NAE_ERA_R-2324_Eesti_Vabariigi_Pohiseaduslik_Assamblee, lk 165
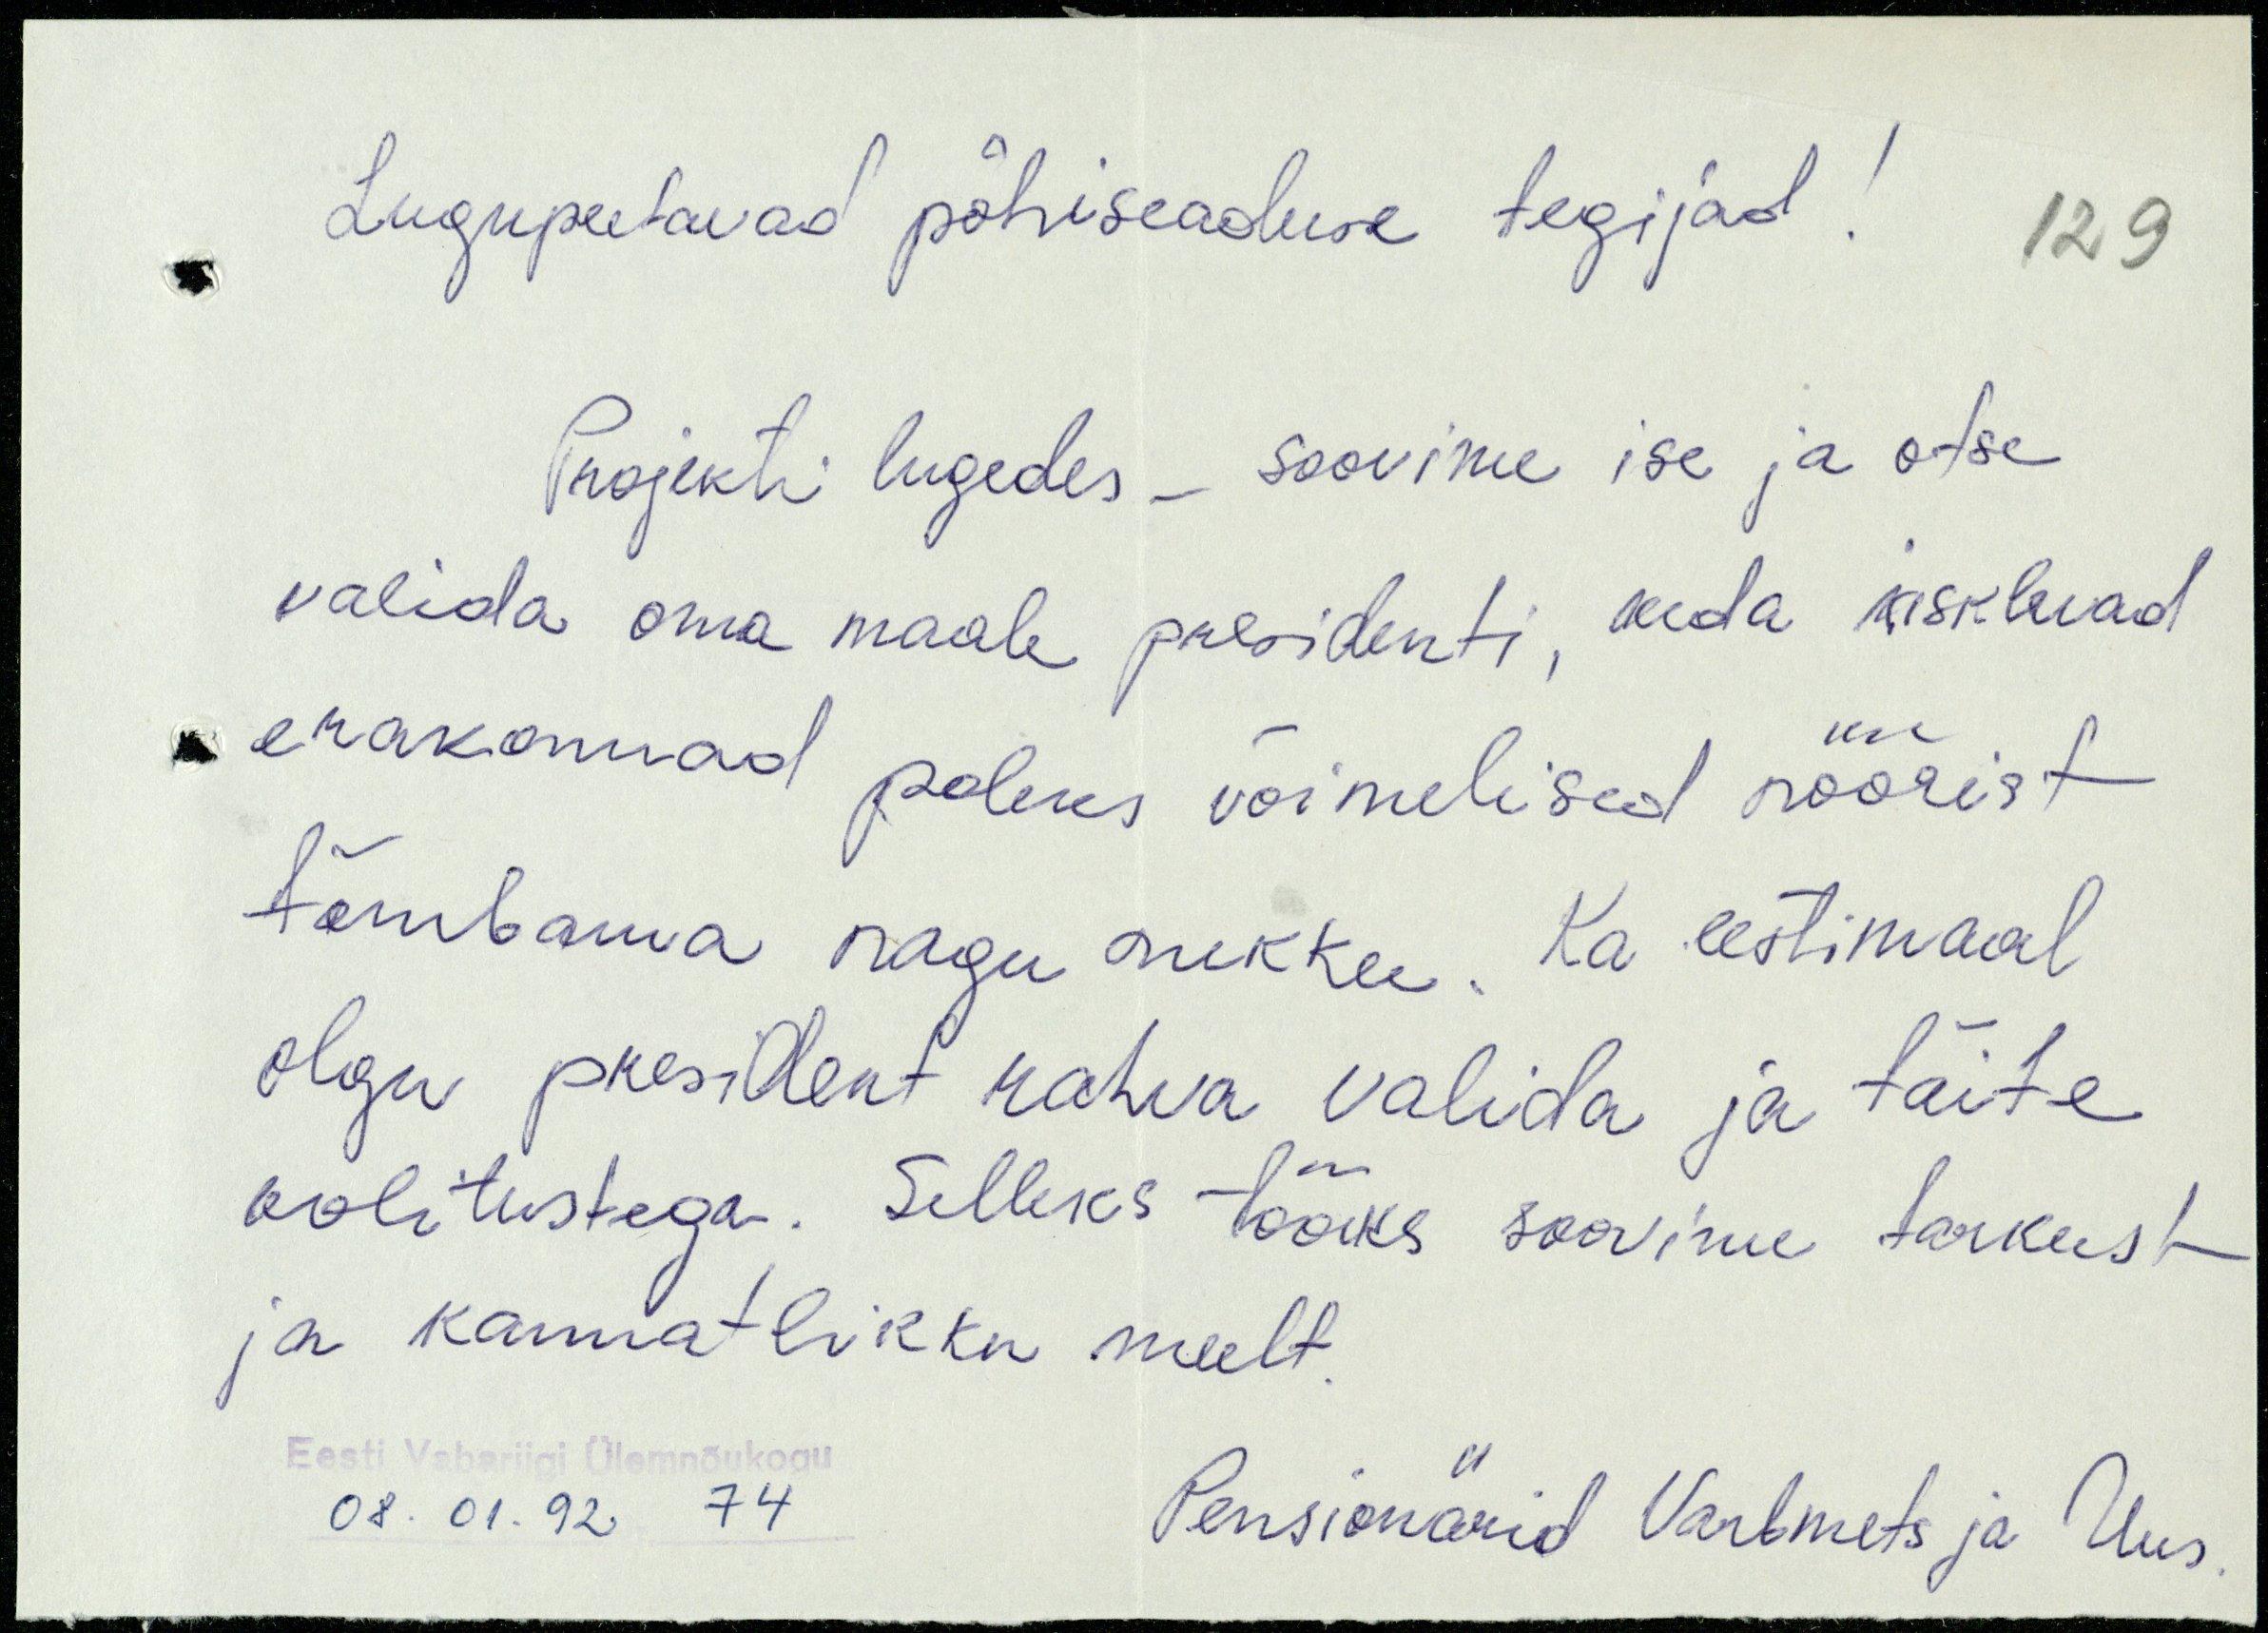
Lugupeetavad põhiseaduse tegijad!
129
Projekti lugedes - soovime ise ja otse
valida oma maale presidenti, keda kisklevad
erakonnad poleks võimelised nöörist
tõmbama nagu nukku. Ka eestimaal
olgu president rahva valida ja täite
volitustega. Selleks tööks soovime tarkust
ja kannatlikku meelt.
Eesti Vabariigi Ülemnõukogu
08.01.92 74
Pensionärid Varbmets ja Uus